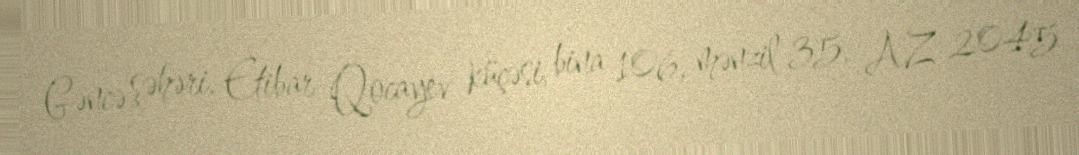
Gəncə şəhəri, Etibar Qocayev küçəsi, bina 106, mənzil 35, AZ 2045